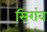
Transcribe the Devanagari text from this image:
सिरांव